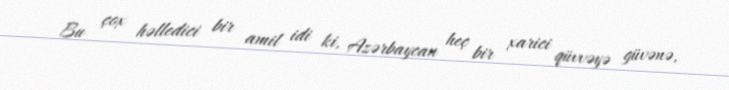
Bu çox həlledici bir amil idi ki, Azərbaycan heç bir xarici qüvvəyə güvənə,